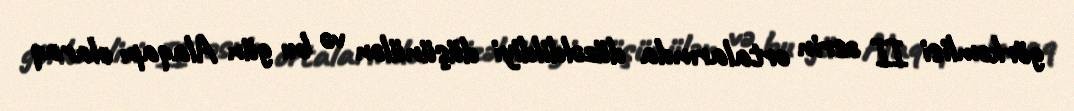
görkəmlisi II əsrin ortalarında düzəldildiyi düşünülən və bu gün Alaqapı olaraq